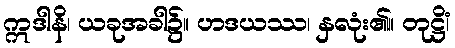
ဣဒါနိ၊ ယခုအခါ၌။ ဟဒယဿ၊ နှလုံး၏။ တုဋ္ဌိံ၊